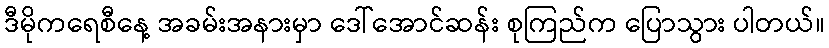
ဒီမိုကရေစီနေ့ အခမ်းအနားမှာ ဒေါ်အောင်ဆန်း စုကြည်က ပြောသွား ပါတယ်။